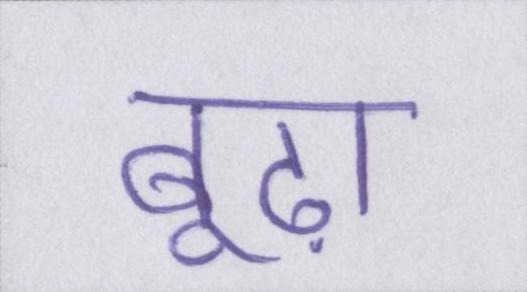
बूढ़ा